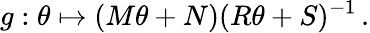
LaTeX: g:\theta\mapsto(M\theta+N)(R\theta+S)^{-1}\, .